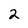
Character: 2